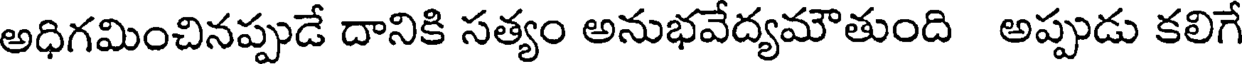
అధిగమించినప్పుడే దానికి సత్యం అనుభవేద్యమౌతుంది అప్పుడు కలిగే